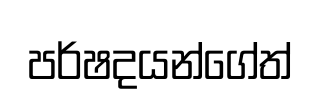
පර්ෂදයන්ගේත්